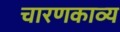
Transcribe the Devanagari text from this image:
चारणकाव्य